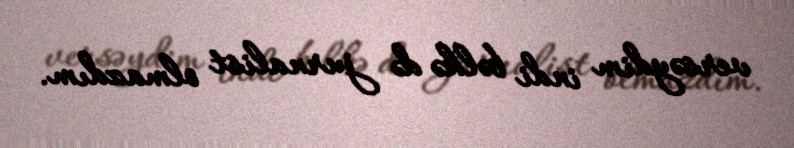
versəydim indi bəlkə də jurnalist olmazdım.